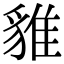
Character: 𧳞